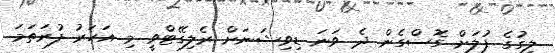
ލީގުގެ ފުލަށް ގޮސްގެން ދެ ވަނަ ޑިވިޝަނަށް ރެލިގޭޓްވީ މި އަހަރު ފުރަތަމަ